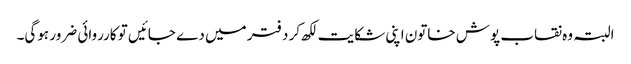
البتہ وہ نقاب پوش خاتون اپنی شکایت لکھ کر دفتر میں دے جائیں تو کارروائی ضرور ہوگی۔